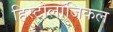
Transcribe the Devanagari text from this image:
हिस्टोलॉजिकल